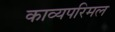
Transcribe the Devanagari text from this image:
काव्यपरिमल